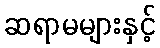
ဆရာမများနှင့်